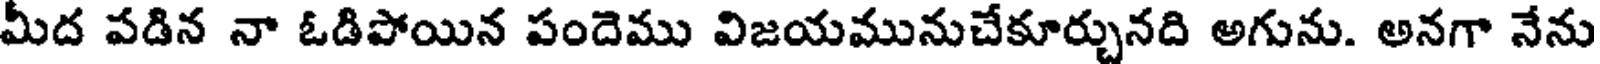
మీద వడిన నా ఓడిపోయిన పందెము విజయమునుచేకూర్చునది అగును. అనగా నేను